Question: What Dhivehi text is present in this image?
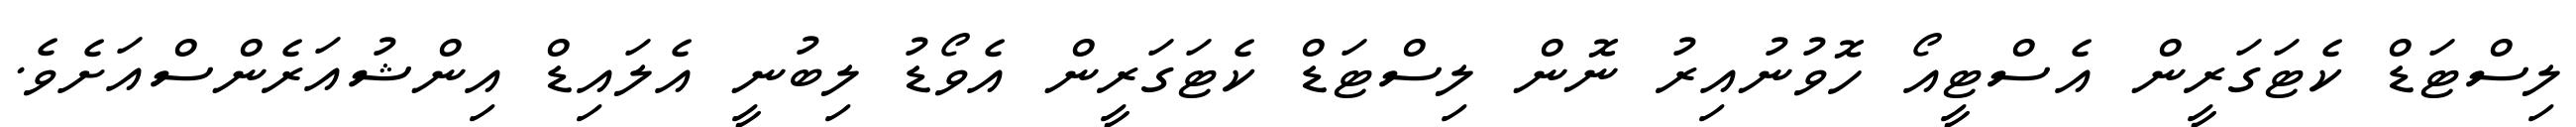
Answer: ލިސްޓަޑް ކެޓަގަރީން އެސްޓީއޯ ހޮވުނުއިރު ނޮން ލިސްޓަޑް ކެޓަގަރީން އެވޯޑު ލިބުނީ އެލައިޑް އިންޝުއަރެންސްއަށެވެ.